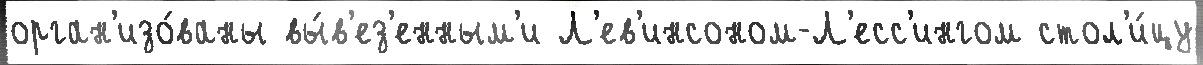
орган'изо́ваны вы́в'ез'енным'и Л'ев'инсоном-Л'есс'ингом стол'и́цу